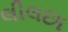
લીલછા